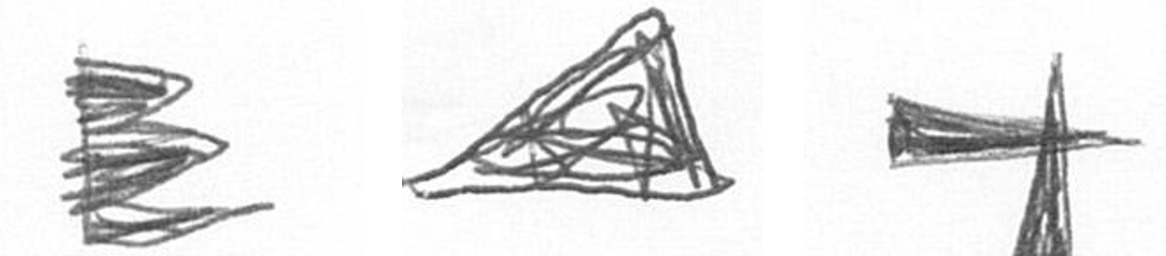
H O G